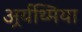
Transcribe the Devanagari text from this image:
अर्र्यथ्मिया